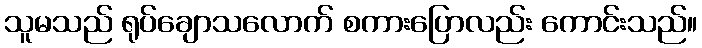
သူမသည် ရုပ်ချောသလောက် စကားပြောလည်း ကောင်းသည်။